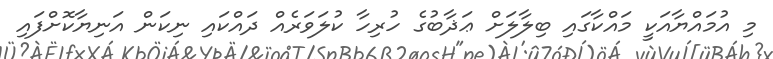
މި އުމައްޔާއަކީ މައްކާގައި ބިލާލަށް ޢަޛާބުގެ ހުރިހާ ކުލަވަރެއް ދައްކައި ނިކަން އަނިޔާކޮށްފައި